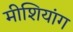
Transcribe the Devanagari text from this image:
मीशियांग